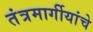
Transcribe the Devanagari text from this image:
तंत्रमार्गीयांचे